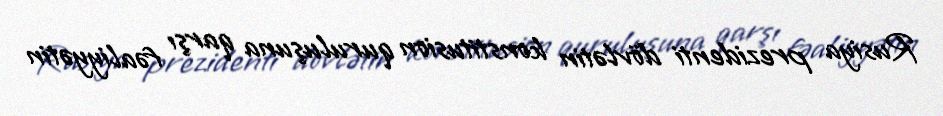
Rusiya prezidenti dövlətin konstitusion quruluşuna qarşı fəaliyyətin